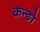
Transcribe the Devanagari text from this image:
कन्डो